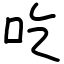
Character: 吃